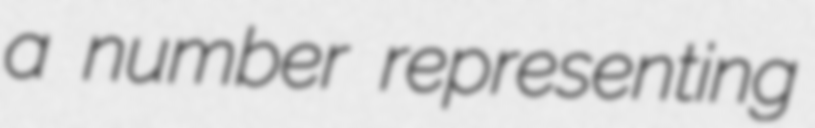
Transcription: a number representing